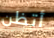
أتظن